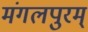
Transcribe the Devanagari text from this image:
मंगलपुरम्